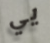
يي